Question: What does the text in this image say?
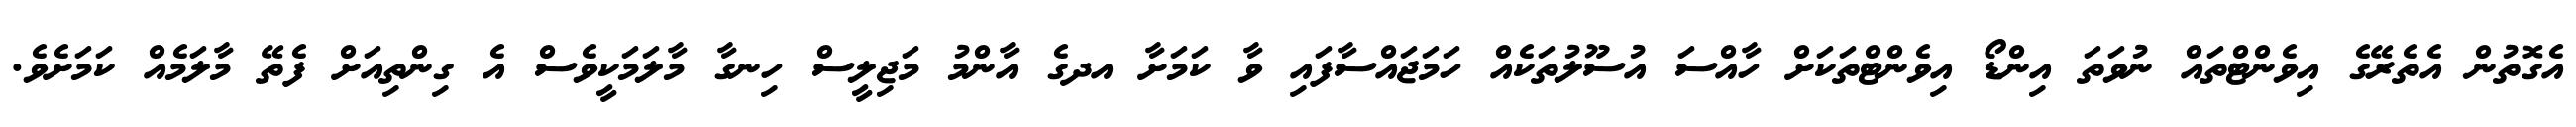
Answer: އެގޮތުން އެތެރޭގެ އިވެންޓްތައް ނުވަތަ އިންޑޯ އިވެންޓްތަކަށް ހާއްސަ އުސޫލުތަކެއް ހަމަޖައްސާފައި ވާ ކަމަށާ އދގެ އާންމު މަޖިލީސް ހިނގާ މާލަމަކީވެސް އެ ގިންތިއަށް ފެތޭ މާލަމެއް ކަމަށެވެ.